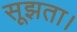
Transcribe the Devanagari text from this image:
सूझता।